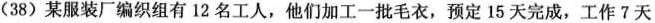
(38)某服装厂编织组有12名工人，他们加工一批毛衣，预定15天完成，工作7天